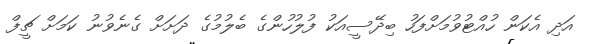
އަދި އެކަން ހުއްޓުވުމަށްފަހު ބިދޭސީއަކު ފުލުހުންގެ ބެލުމުގެ ދަށަށް ގެނެވުނު ކަމަށް ޗީފް